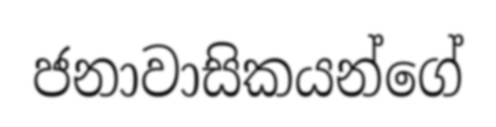
ජනාවාසිකයන්ගේ